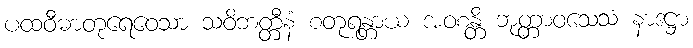
ပထဝီဓာတုရေဝေသာ သဝိဘတ္တီနံ စတုရန္တာယ အဝစန္တိ ဘုတ္တာဝသေသံ နာဒဋ္ဌာ